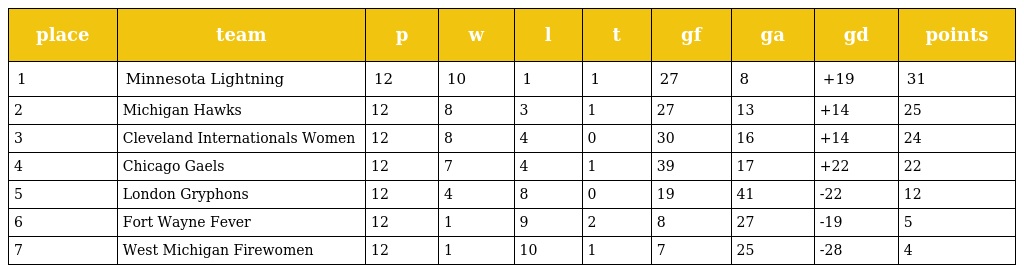
| place | team | p | w | l | t | gf | ga | gd | points |
 | --- | --- | --- | --- | --- | --- | --- | --- | --- | --- |
 | 1 | Minnesota Lightning | 12 | 10 | 1 | 1 | 27 | 8 | +19 | 31 |
 | 2 | Michigan Hawks | 12 | 8 | 3 | 1 | 27 | 13 | +14 | 25 |
 | 3 | Cleveland Internationals Women | 12 | 8 | 4 | 0 | 30 | 16 | +14 | 24 |
 | 4 | Chicago Gaels | 12 | 7 | 4 | 1 | 39 | 17 | +22 | 22 |
 | 5 | London Gryphons | 12 | 4 | 8 | 0 | 19 | 41 | -22 | 12 |
 | 6 | Fort Wayne Fever | 12 | 1 | 9 | 2 | 8 | 27 | -19 | 5 |
 | 7 | West Michigan Firewomen | 12 | 1 | 10 | 1 | 7 | 25 | -28 | 4 |